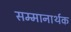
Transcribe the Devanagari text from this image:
सम्मानार्थक